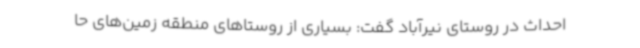
احداث در روستای نیرآباد گفت: بسیاری از روستاهای منطقه زمین‌های حا